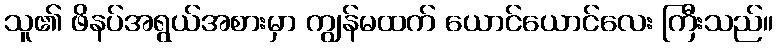
သူ၏ ဖိနပ်အရွယ်အစားမှာ ကျွန်မထက် ယောင်ယောင်လေး ကြီးသည်။